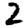
Digit: 2